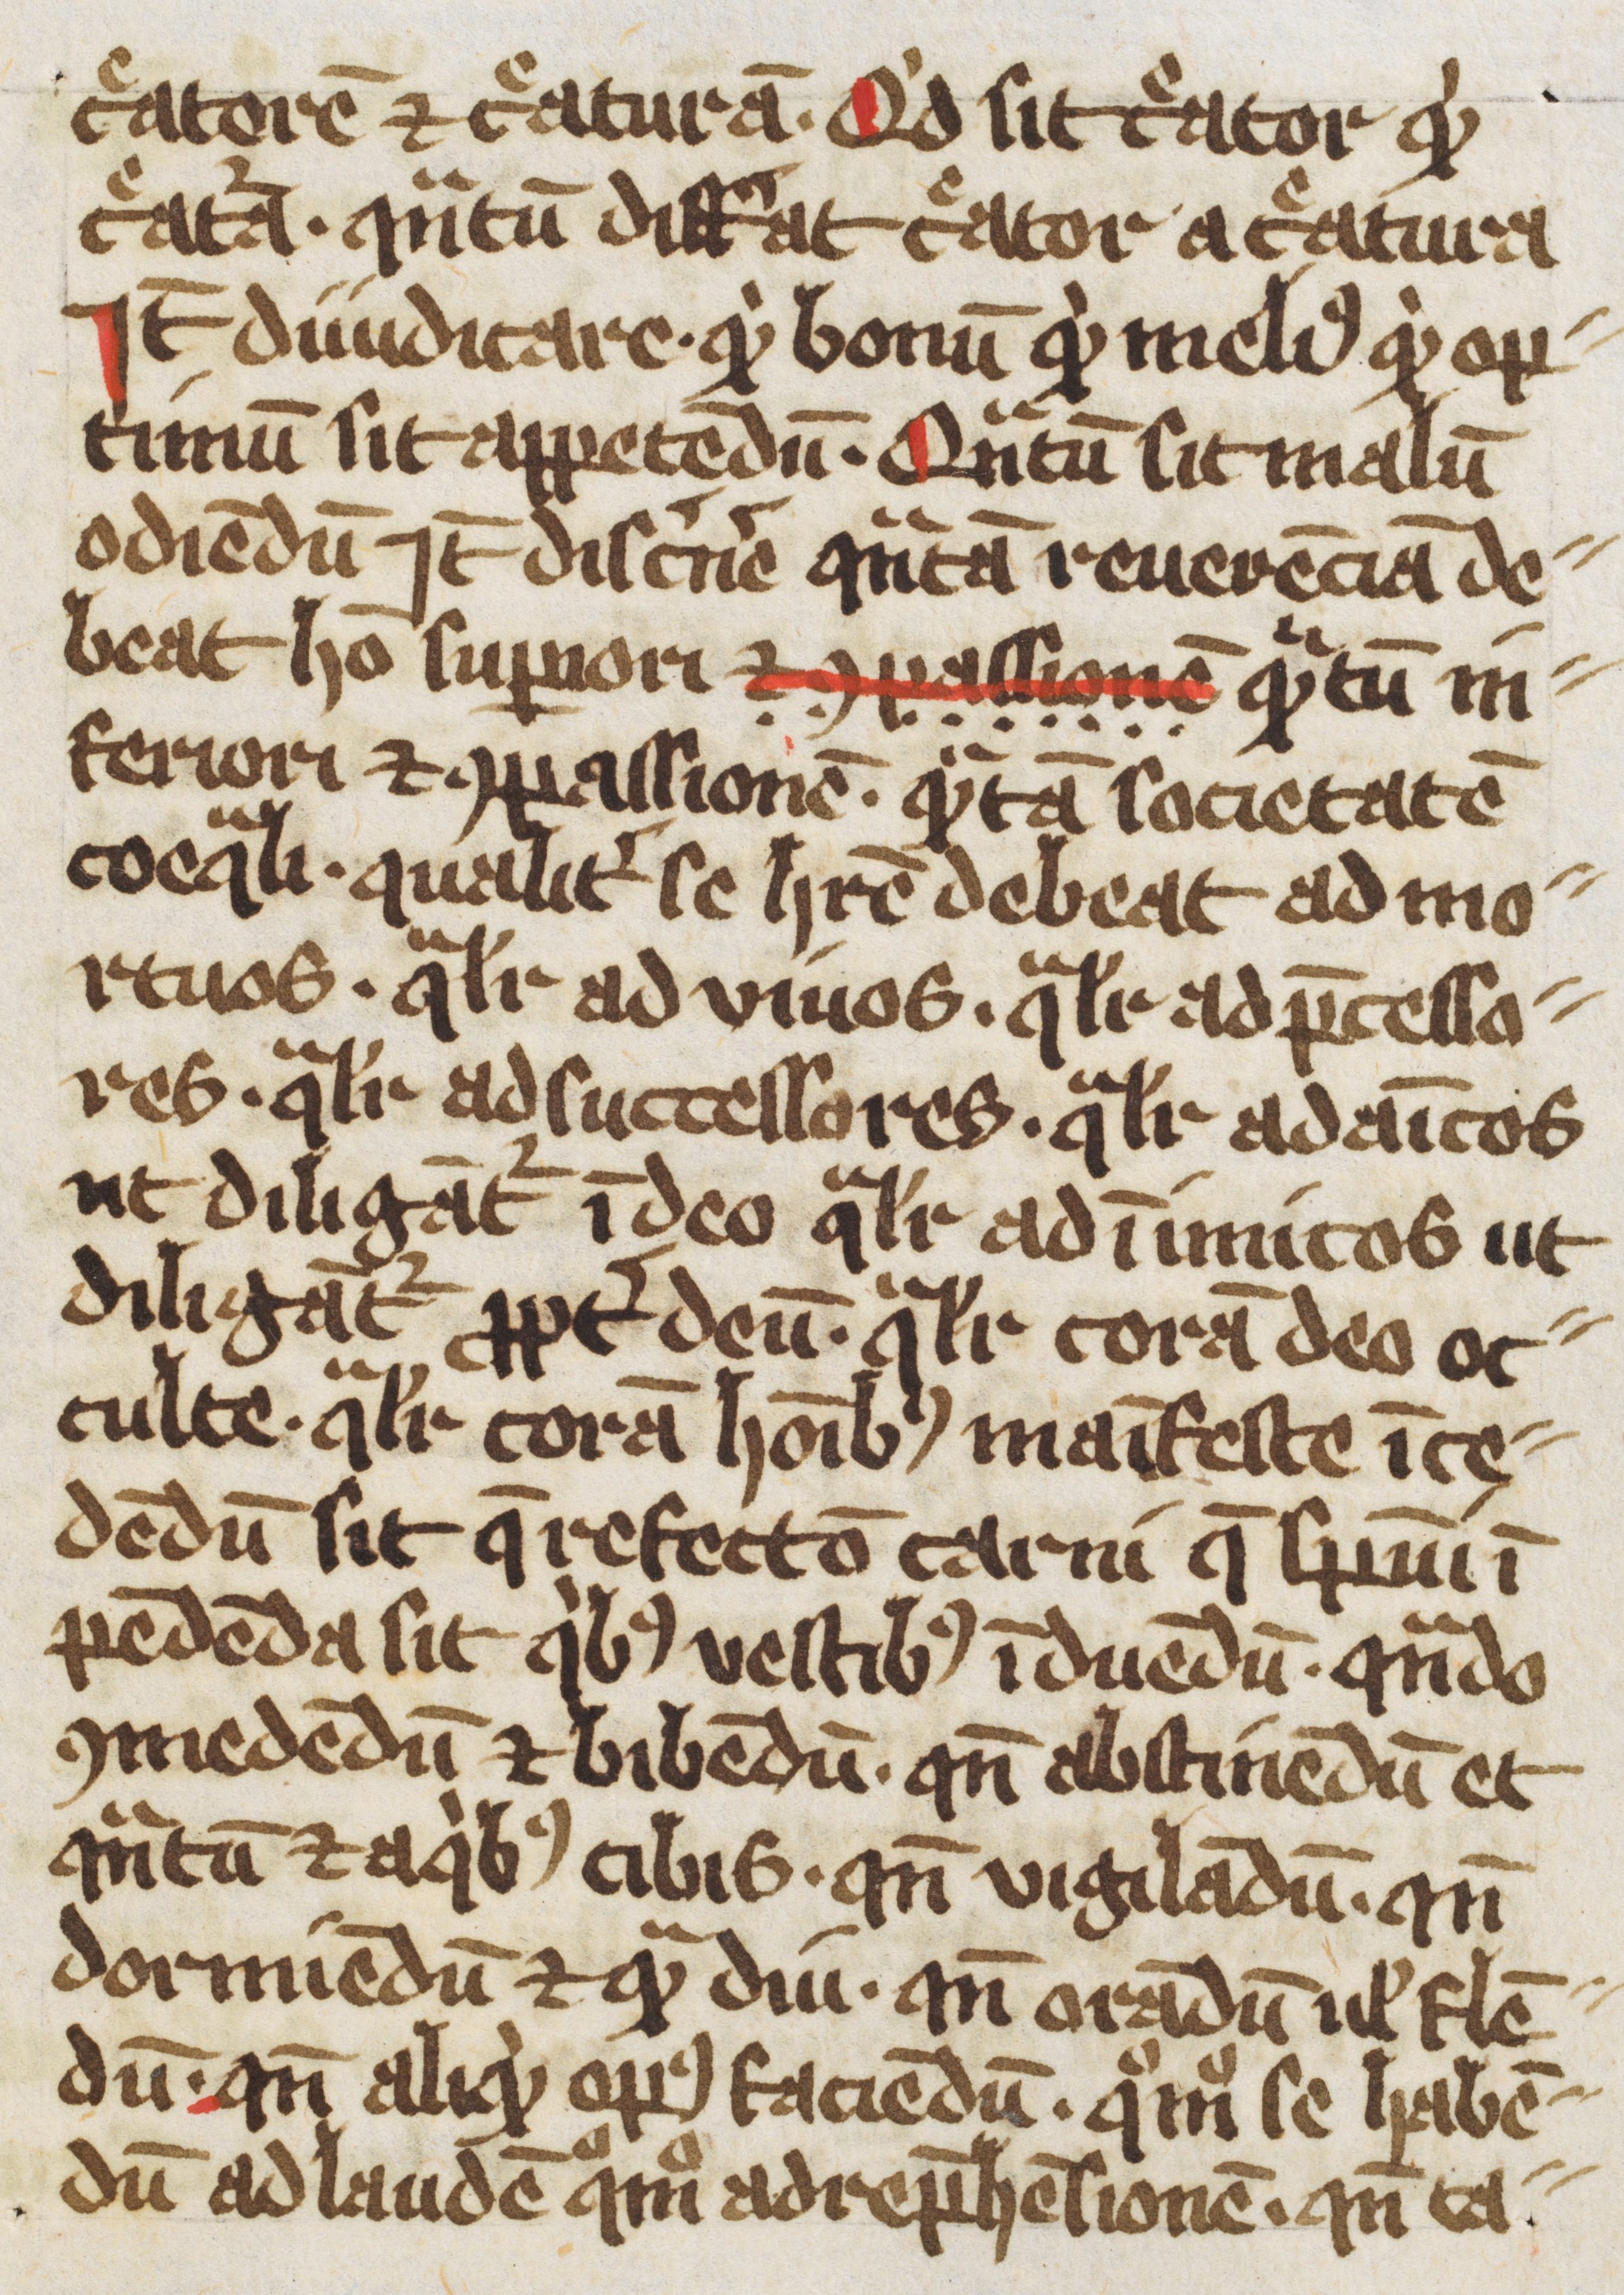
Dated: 1400–1499